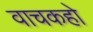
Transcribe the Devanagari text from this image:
वाचकहो